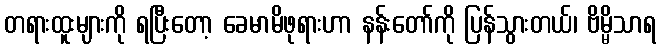
တရားထူးများကို ရပြီးတော့ ခေမာမိဖုရားဟာ နန်းတော်ကို ပြန်သွားတယ်၊ ဗိမ္မိသာရ